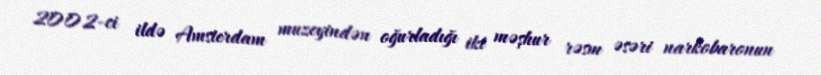
2002-ci ildə Amsterdam muzeyindən oğurladığı iki məşhur rəsm əsəri narkobaronun